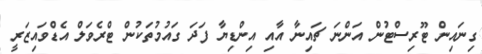
ގިނައިން ޓޫރިސްޓުން އަންނަ ޗައިނާ އާއި އިންޑިޔާ ފަދަ ގައުމުތަކުން ޓްރެވަލް އެޑްވައިޒަރީ